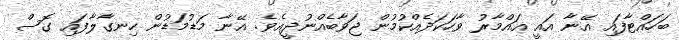
ބަހައްޓާފައި އޭނާ އައީ އައްމާރު ވާހަކަދެއްކުމުން ޖަވާބެއްނުދީއެވެ. އޭނާ މަޑުމަޑުން ހިނގާލާފައި ގޮސް